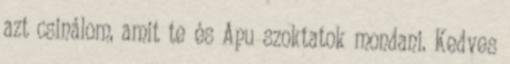
azt csinálom, amit te és Apu szoktatok mondani. Kedves